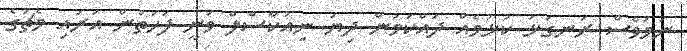
ނަމަވެސް ރަނގަޅު ކުޅުމެއް ދައްކަމުން ދިޔަ ނިއުކާސްލް ވަނީ ފަހަތުން އަރައި މެޗުގެ